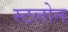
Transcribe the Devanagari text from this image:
स्टलोन